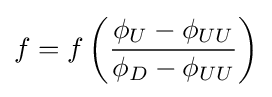
f=f\left({\frac {\phi _{U}-\phi _{UU}}{\phi _{D}-\phi _{UU}}}\right)